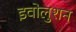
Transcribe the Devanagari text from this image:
इवोलुशन